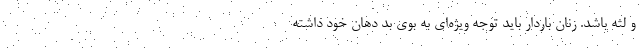
و لثه باشد. زنان باردار باید توجه ویژه‌ای به بوی بد دهان خود داشته